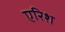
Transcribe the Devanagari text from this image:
एरिश